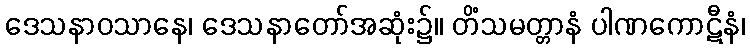
ဒေသနာဝသာနေ၊ ဒေသနာတော်အဆုံး၌။ တိံသမတ္တာနံ ပါဏကောဋီနံ၊